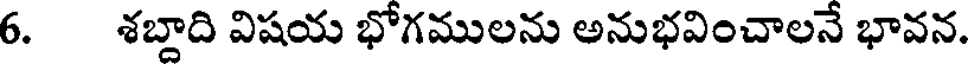
6. శబ్దాది విషయ భోగములను అనుభవించాలనే భావన.